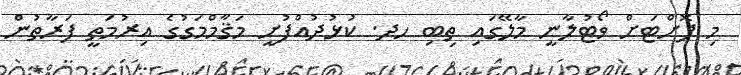
މި ފޮށްޓަށް ވޯޓުލާނީ މާލޭގައި ތިބި ހދ. ކުޅުދުއްފުށީ މަޤާމްމަގުގެ އިރުމަތީ ފަރާތުން